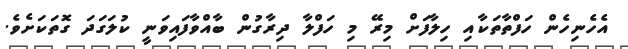
އެހެނިހެން ހަފްތާތަކާއި ހިލާފަށް މިރޭ މި ހަފްލާ ދިރާގުން ބާއްވާފައިވަނީ ކުލަގަދަ ގޮތަކަށެވެ.